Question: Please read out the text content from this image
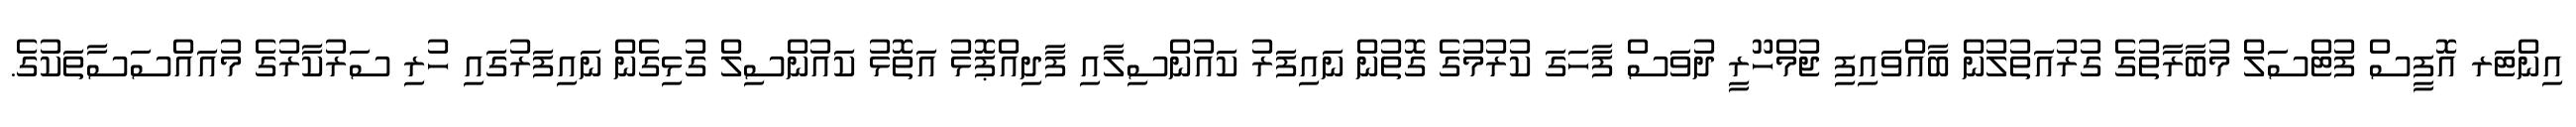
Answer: އިންޓަރ އޮފީސް ފުޓްސަލް މުބާރާތުގެ ގުރުއަތުލުން ބާއްވައިފި ޖުމްހޫރީ ދުވަސް ފާހަގަ ކުރުމުގެ ގޮތުން ނައިފަރު ކައުންސިލާއި ފާދިއްޕޮޅު އަތޮޅު ކައުންސިލް ގުޅިގެން ނައިފަރުގައި ހުރި ސަރުކާރުގެ މުއައްސަސާތަކުގެ.